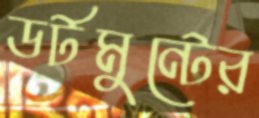
ডর্টমুন্টের